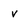
Character: v